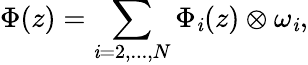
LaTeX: \Phi(z)=\sum_{\mathit{i}=2,...,N}\Phi_{\mathit{i}}(z)\otimes\omega_{\mathit{i}},